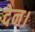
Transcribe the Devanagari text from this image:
देन।